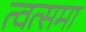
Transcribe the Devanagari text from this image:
त्वत्समा